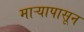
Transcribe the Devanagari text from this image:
माऱ्यापासून